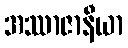
အဿာဇာနီယာ